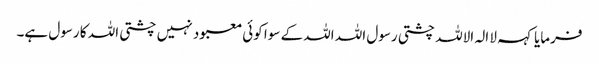
فرمایا کہہ لا الہ الاللہ چشتی رسول اللہ اللہ کے سوا کوئی معبود نہیں چشتی اللہ کا رسول ہے۔